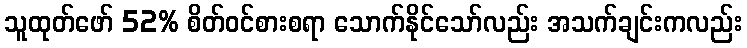
သူထုတ်ဖော် 52% စိတ်ဝင်စားစရာ သောက်နိုင်သော်လည်း အသက်ချင်းကလည်း